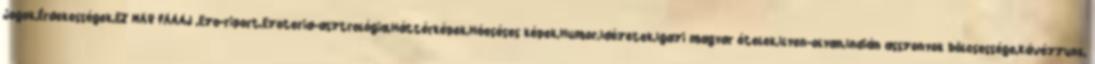
jogok,Érdekességek,EZ MÁR FÁÁÁJ ,Ezo-riport,Ezoteria-asztrológia,Háttérképek,Hóeséses képek,Humor,Idézetek,Igazi magyar ételek,Ilyen-olyan,Indián asszonyok bölcsessége,Kávézzunk,